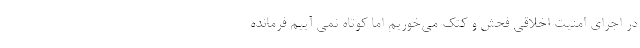
در اجرای امنیت اخلاقی فحش و کتک می‌خوریم اما کوتاه نمی آییم فرمانده